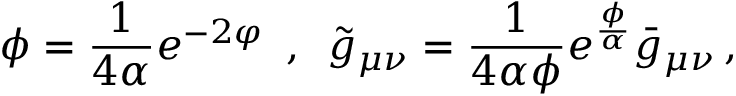
\phi = \frac { 1 } { 4 \alpha } e ^ { - 2 \varphi } \, \, \, , \, \, \, \tilde { g } _ { \mu \nu } = \frac { 1 } { 4 \alpha \phi } e ^ { \frac { \phi } { \alpha } } \bar { g } _ { \mu \nu } \, ,